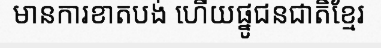
មានការខាតបង់ ហើយផ្នូជនជាតិខ្មែរ